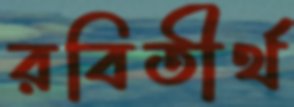
রবিতীর্থ